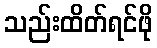
သည်းထိတ်ရင်ဖို